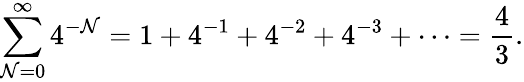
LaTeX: \sum_{\mathcal{N}=0}^{\infty}4^{-\mathcal{N}}=1+4^{-1}+4^{-2}+4^{-3}+\cdots={\frac{{4}}{{3}}}.